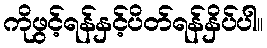
ကိုဖွင့်ရန်နှင့်ပိတ်ရန်နှိပ်ပါ။